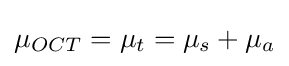
\mu _{OCT}=\mu _{t}=\mu _{s}+\mu _{a}